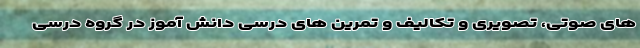
های صوتی، تصویری و تکالیف و تمرین های درسی دانش آموز در گروه درسی